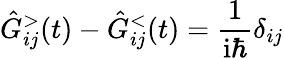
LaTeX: \hat{G}_{ij}^{>}(t)-\hat{G}_{ij}^{<}(t)=\frac{1}{\mathrm{i}\hbar}\delta_{ij}